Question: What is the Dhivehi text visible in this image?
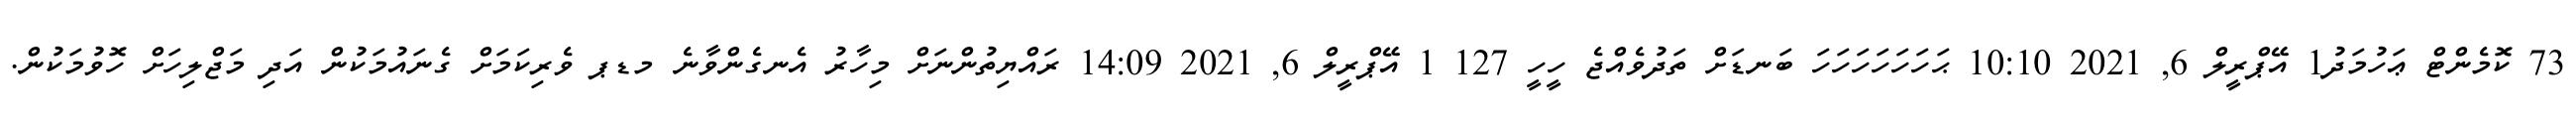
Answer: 73 ކޮމެންޓް ޢަހުމަދު1 އޭޕްރީލް 6, 2021 10:10 ޙަހަހަހަހަހަހަ ބަނޑަށް ތަދުވެއްޖެ ހީހީ 127 1 އޭޕްރީލް 6, 2021 14:09 ރައްޔިތުންނަށް މިހާރު އެނގެންވާނެ މޑޕ ވެރިކަމަށް ގެނައުމަކުން އަދި މަޖްލިހަށް ހޮވުމަކުން.